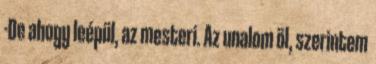
-De ahogy leépül, az mesteri. Az unalom öl, szerintem